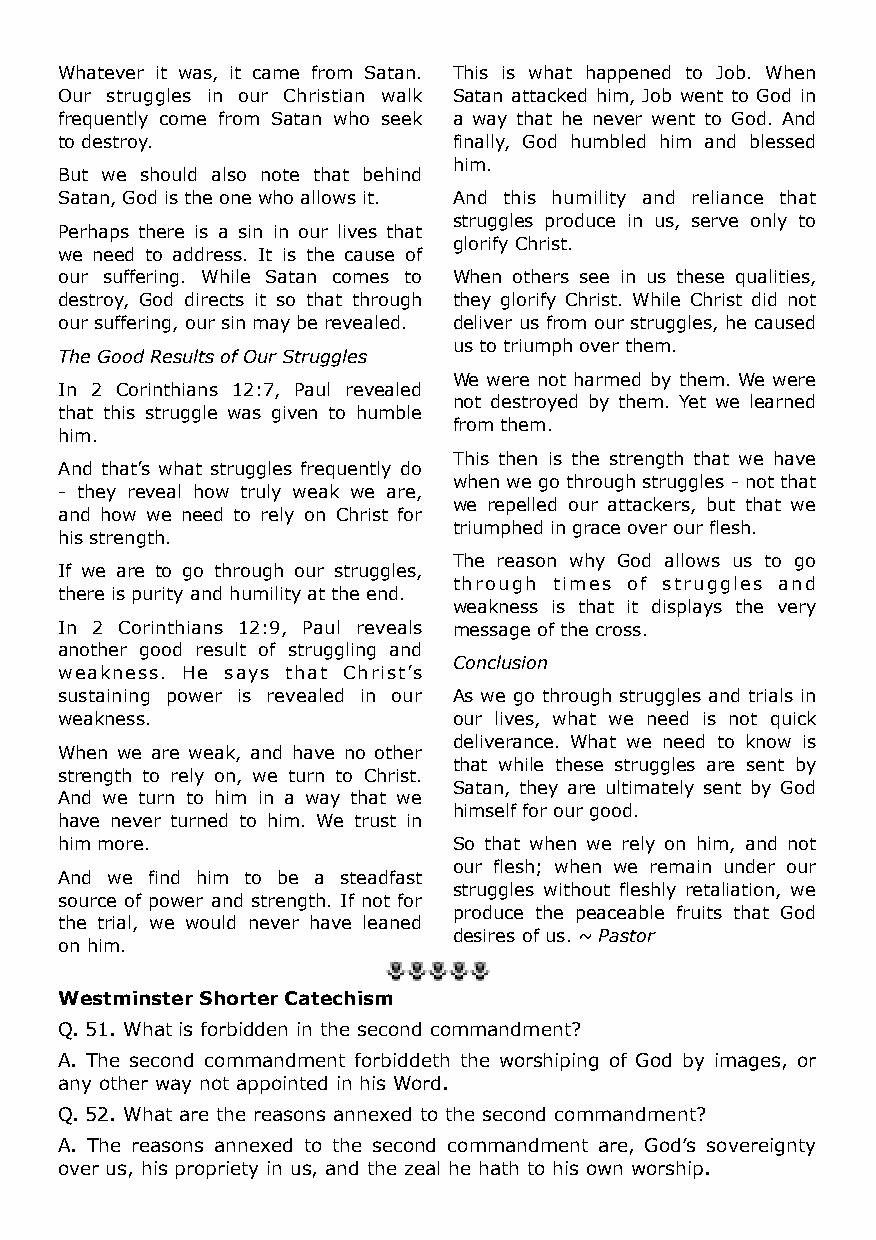
Whatever it was, it came from Satan. This is what happened to Job. When
 Our struggles in our Christian walk Satan attacked him, Job went to God in
 frequently come from Satan who seek a way that he never went to God. And
 to destroy.               finally, God humbled him and blessed
 him.
 But we should also note that behind
 Satan, God is the one who allows it. And this humility and reliance that
 struggles produce in us, serve only to
 Perhaps there is a sin in our lives that
 glorify Christ.
 we need to address. It is the cause of
 our suffering. While Satan comes to When others see in us these qualities,
 destroy, God directs it so that through they glorify Christ. While Christ did not
 our suffering, our sin may be revealed. deliver us from our struggles, he caused
 us to triumph over them.
 The Good Results of Our Struggles
 We were not harmed by them. We were
 In 2 Corinthians 12:7, Paul revealed
 not destroyed by them. Yet we learned
 that this struggle was given to humble
 from them.
 him.
 This then is the strength that we have
 And that’s what struggles frequently do
 when we go through struggles - not that
 - they reveal how truly weak we are,
 we repelled our attackers, but that we
 and how we need to rely on Christ for
 triumphed in grace over our flesh.
 his strength.
 The reason why God allows us to go
 If we are to go through our struggles,
 through times of struggles and
 there is purity and humility at the end.
 weakness is that it displays the very
 In 2 Corinthians 12:9, Paul reveals message of the cross.
 another good result of struggling and
 Conclusion
 weakness. He says that Christ’s
 sustaining power is revealed in our As we go through struggles and trials in
 weakness.                 our lives, what we need is not quick
 deliverance. What we need to know is
 When we are weak, and have no other
 that while these struggles are sent by
 strength to rely on, we turn to Christ.
 Satan, they are ultimately sent by God
 And we turn to him in a way that we
 himself for our good.
 have never turned to him. We trust in
 him more.                 So that when we rely on him, and not
 our flesh; when we remain under our
 And we find him to be a steadfast
 struggles without fleshly retaliation, we
 source of power and strength. If not for
 produce the peaceable fruits that God
 the trial, we would never have leaned
 desires of us. ~ Pastor
 on him.
 Westminster Shorter Catechism
 Q. 51. What is forbidden in the second commandment?
 A. The second commandment forbiddeth the worshiping of God by images, or
 any other way not appointed in his Word.
 Q. 52. What are the reasons annexed to the second commandment?
 A. The reasons annexed to the second commandment are, God’s sovereignty
 over us, his propriety in us, and the zeal he hath to his own worship.